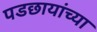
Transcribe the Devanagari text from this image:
पडछायांच्या